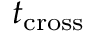
t _ { \mathrm { c r o s s } }